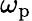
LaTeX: \omega_{\mathrm{p}}